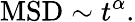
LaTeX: \mathrm{MSD}\sim t^{\alpha}.